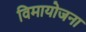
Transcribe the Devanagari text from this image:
विमायोजना